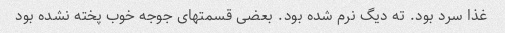
غذا سرد بود. ته دیگ نرم شده بود. بعضی قسمتهای جوجه خوب پخته نشده بود